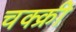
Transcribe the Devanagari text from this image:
चक्क्री